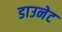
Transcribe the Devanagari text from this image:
डाउनेट